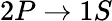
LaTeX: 2P\rightarrow 1S